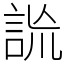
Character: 詤